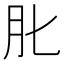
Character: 𦘪